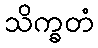
သိက္ခတံ